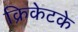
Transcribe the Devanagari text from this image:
क्रिकेटके